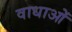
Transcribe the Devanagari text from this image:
वाधाओं